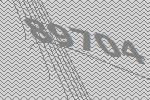
89704